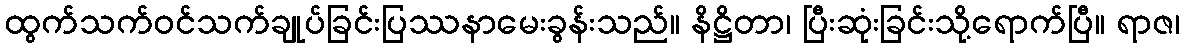
ထွက်သက်ဝင်သက်ချုပ်ခြင်းပြဿနာမေးခွန်းသည်။ နိဋ္ဌိတာ၊ ပြီးဆုံးခြင်းသို့ရောက်ပြီ။ ရာဇ၊